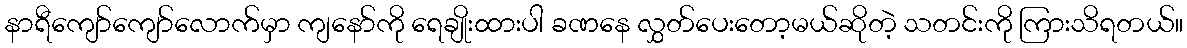
နာရီကျော်ကျော်လောက်မှာ ကျနော်ကို ရေချိုးထားပါ ခဏနေ လွှတ်ပေးတော့မယ်ဆိုတဲ့ သတင်းကို ကြားသိရတယ်။